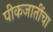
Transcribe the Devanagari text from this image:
पीकजातींचा